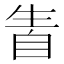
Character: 𤯣